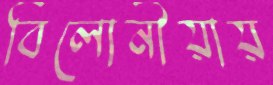
বিলোনীয়ায়